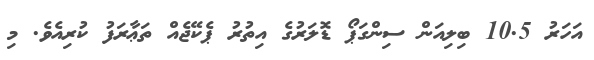
އަހަރު 10.5 ބިލިއަން ސިންގަޕޯ ޑޮލަރުގެ އިތުރު ޕެކޭޖެއް ތަޢާރަފު ކުރިއެވެ. މި